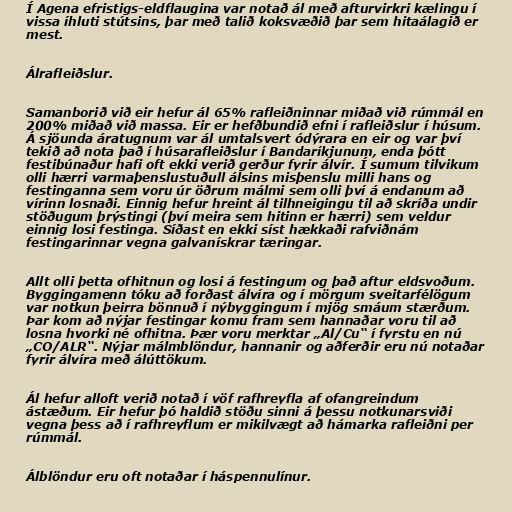
Í Agena efristigs-eldflaugina var notað ál með afturvirkri kælingu í
vissa íhluti stútsins, þar með talið koksvæðið þar sem hitaálagið er
mest.

Álrafleiðslur.

Samanborið við eir hefur ál 65% rafleiðninnar miðað við rúmmál en
200% miðað við massa. Eir er hefðbundið efni í rafleiðslur í húsum.
Á sjöunda áratugnum var ál umtalsvert ódýrara en eir og var því
tekið að nota það í húsarafleiðslur í Bandaríkjunum, enda þótt
festibúnaður hafi oft ekki verið gerður fyrir álvír. Í sumum tilvikum
olli hærri varmaþenslustuðull álsins misþenslu milli hans og
festinganna sem voru úr öðrum málmi sem olli því á endanum að
vírinn losnaði. Einnig hefur hreint ál tilhneigingu til að skríða undir
stöðugum þrýstingi (því meira sem hitinn er hærri) sem veldur
einnig losi festinga. Síðast en ekki síst hækkaði rafviðnám
festingarinnar vegna galvanískrar tæringar.

Allt olli þetta ofhitnun og losi á festingum og það aftur eldsvoðum.
Byggingamenn tóku að forðast álvíra og í mörgum sveitarfélögum
var notkun þeirra bönnuð í nýbyggingum í mjög smáum stærðum.
Þar kom að nýjar festingar komu fram sem hannaðar voru til að
losna hvorki né ofhitna. Þær voru merktar „Al/Cu“ í fyrstu en nú
„CO/ALR“. Nýjar málmblöndur, hannanir og aðferðir eru nú notaðar
fyrir álvíra með álúttökum.

Ál hefur alloft verið notað í vöf rafhreyfla af ofangreindum
ástæðum. Eir hefur þó haldið stöðu sinni á þessu notkunarsviði
vegna þess að í rafhreyflum er mikilvægt að hámarka rafleiðni per
rúmmál.

Álblöndur eru oft notaðar í háspennulínur.